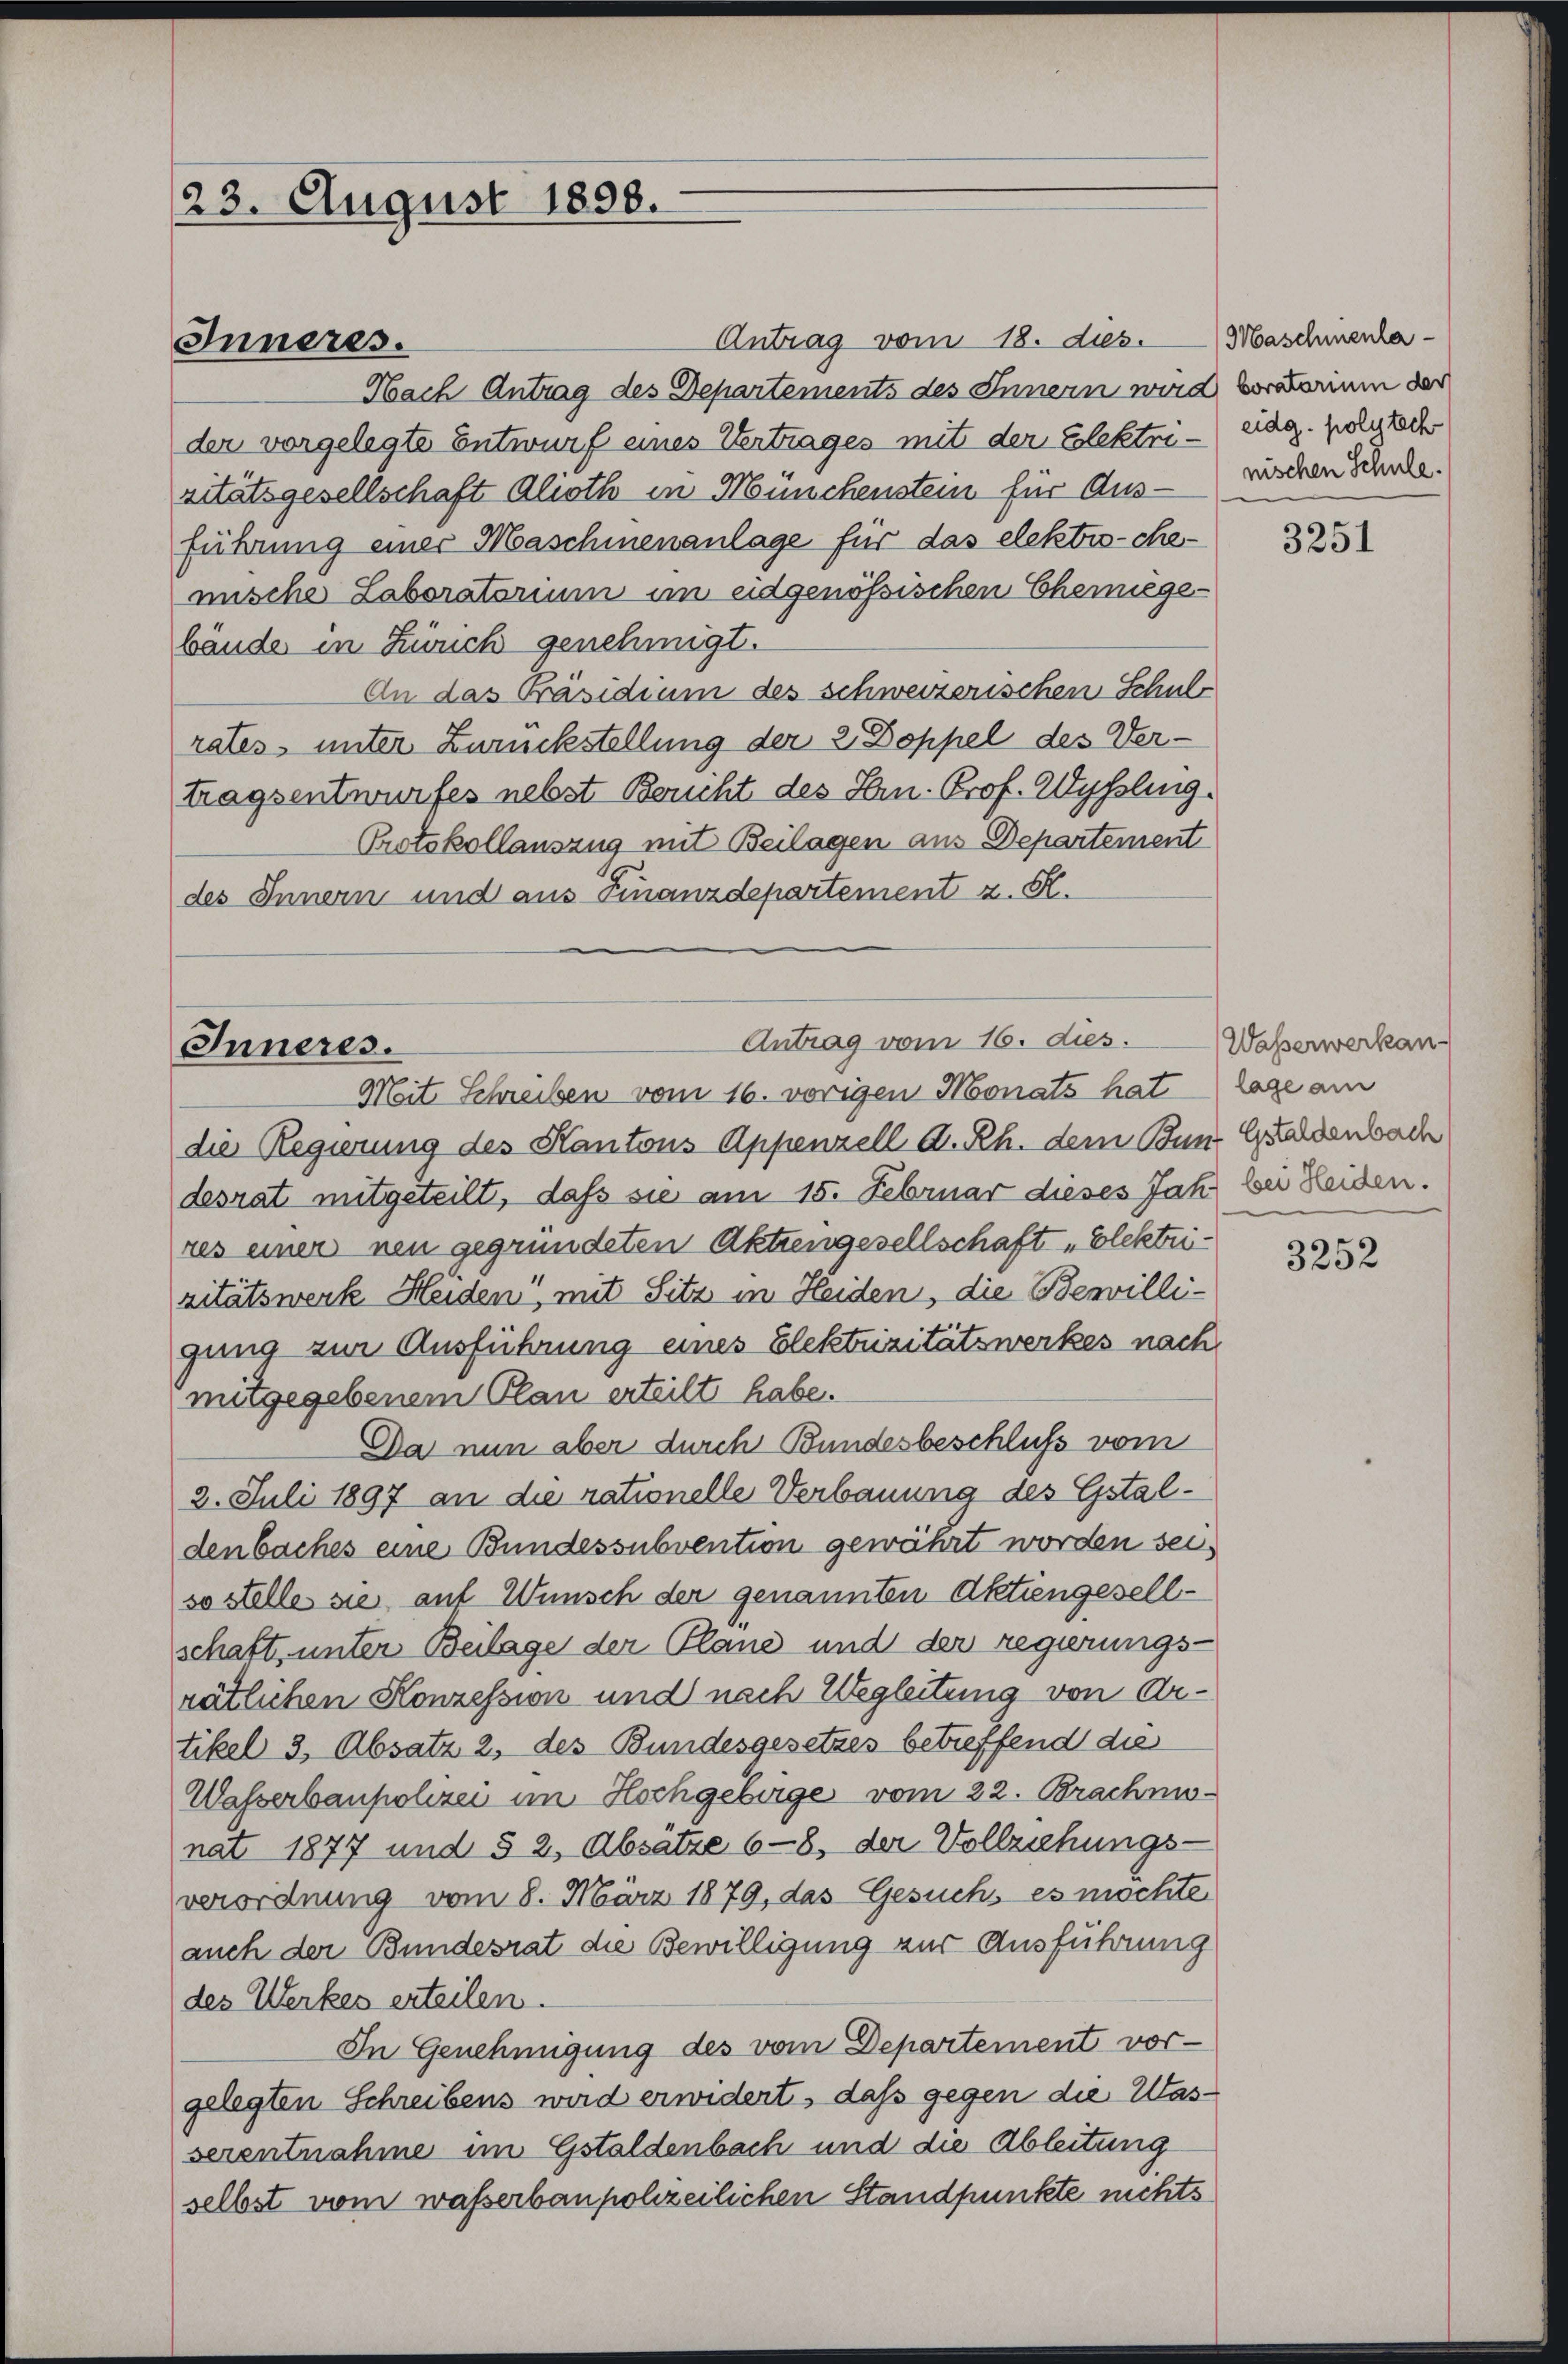
23. August 1898.

Inneres.

Antrag vom 18. ds. Maschinenha
Nach Antrag des Departements des Innern wird vorarium der
der vorgelegte Entwurf eines Vertrages mit der Elektri-eidg. polytech
sitätsgesellschaft Alioth in Münchenstein für Aus-
führung einer Maschinenanlage für das elektro-chemische Laboratorium im eidgenössischen Chemisgebäude in Zürich genehmigt.
An das Präsidium des schweizerischen Schuld
rates unter Zurückstellung der 2 Doppel des Ver-
tragsentwurfes nebst Bericht des Hrn. Prof. Wyssling.
Protokollauszug mit Beilagen aus Departement
des Innern und aus Finanzdepartement z. R.
Mit Schreiben vom 16. vorigen Monats hat
die Regierung des Kantons Appenzell A. Rh. dem Bun- Geldenbach
desrat mitgeteilt, daß sie am 15. Februar dieses Jahr bei Leiden.
res einer neu gegründeten Aktiengesellschaft „Elektri-
zitätswerk Heiden, mit Sitz in Heiden, die Bewilligung zur Ausführung eines Elektrizitätswerkes nach
mitgegebenem Plan erteilt habe.
Da nun aber durch Bundesbeschluß vom
2. Juli 1897 an die rationelle Verbauung des Gstaldenbaches eine Bundessubvention gewährt worden sei
so stelle sie auf Wunsch der genannten Aktiengesellschaft, unter Beilage der Plane und der regierungs-
rätlichen Konzession und nach Wegleitung von Artikel 3, Absatz 2, des Bundesgesetzes betreffend die
Wasserbaupolizei im Hochgebirge vom 22. Brachmonat 1877 und § 2, Absätze 6—8, der Vollziehungs-
verordnung vom 8. März 1879, das Gesuchs es möchte
auch der Bundesrat die Bewilligung zur Ausführung
des Werkes erteilen.
In Genehmigung des vom Departement vor-
gelegten Schreibens wird erwidert, daß gegen die Wasserentnahme im Gstaldenbach und die Ableitung
selbst vom wasserbaupohzeilichen Standpunkte nichts

Inneres.

Antrag vom 16. dies.

nischen Schule.

3251

Wasserwerkan-
lage am

3252